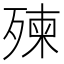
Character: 㱫